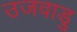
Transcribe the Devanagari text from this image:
उजवाडु